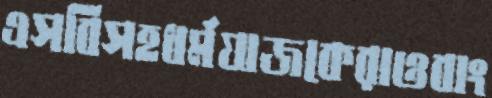
এসবিসহধর্মযাজকেরাওবাং